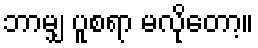
ဘာမျှ ပူစရာ မလိုတော့။